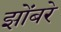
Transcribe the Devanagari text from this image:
झोंबरे